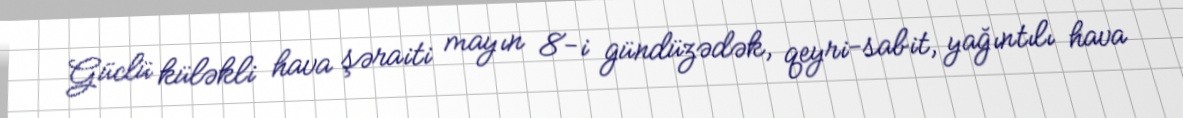
Güclü küləkli hava şəraiti mayın 8-i gündüzədək, qeyri-sabit, yağıntılı hava